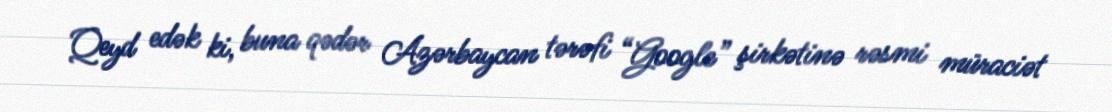
Qeyd edək ki, buna qədər Azərbaycan tərəfi “Google” şirkətinə rəsmi müraciət